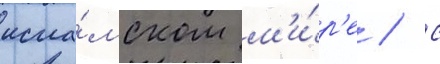
исла́мском м'и́р'е / с